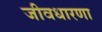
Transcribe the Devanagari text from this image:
जीवधारणा